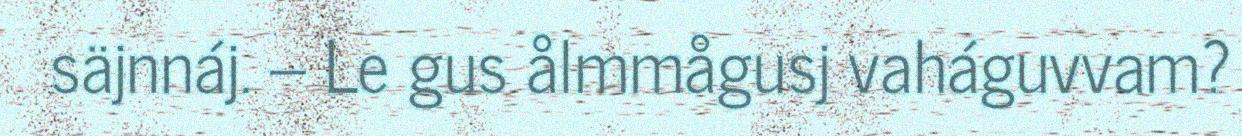
säjnnáj. – Le gus ålmmågusj vaháguvvam?